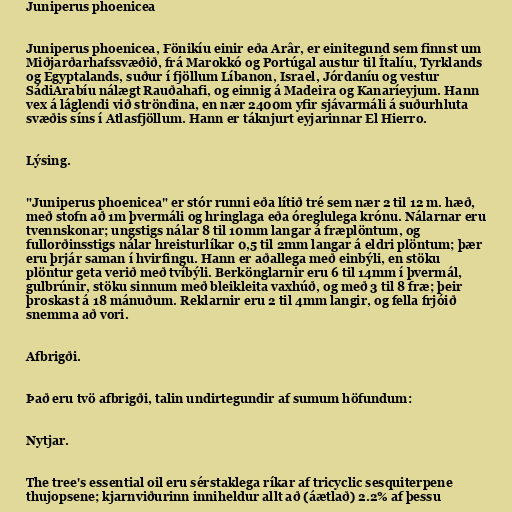
Juniperus phoenicea

Juniperus phoenicea, Fönikíu einir eða Arâr, er einitegund sem finnst um
Miðjarðarhafssvæðið, frá Marokkó og Portúgal austur til Ítalíu, Tyrklands
og Egyptalands, suður í fjöllum Líbanon, Israel, Jórdaníu og vestur
SádiArabíu nálægt Rauðahafi, og einnig á Madeira og Kanaríeyjum. Hann
vex á láglendi við ströndina, en nær 2400m yfir sjávarmáli á suðurhluta
svæðis síns í Atlasfjöllum. Hann er táknjurt eyjarinnar El Hierro.

Lýsing.

"Juniperus phoenicea" er stór runni eða lítið tré sem nær 2 til 12 m. hæð,
með stofn að 1m þvermáli og hringlaga eða óreglulega krónu. Nálarnar eru
tvennskonar; ungstigs nálar 8 til 10mm langar á fræplöntum, og
fullorðinsstigs nálar hreisturlíkar 0,5 til 2mm langar á eldri plöntum; þær
eru þrjár saman í hvirfingu. Hann er aðallega með einbýli, en stöku
plöntur geta verið með tvíbýli. Berkönglarnir eru 6 til 14mm í þvermál,
gulbrúnir, stöku sinnum með bleikleita vaxhúð, og með 3 til 8 fræ; þeir
þroskast á 18 mánuðum. Reklarnir eru 2 til 4mm langir, og fella frjóið
snemma að vori.

Afbrigði.

Það eru tvö afbrigði, talin undirtegundir af sumum höfundum:

Nytjar.

The tree's essential oil eru sérstaklega ríkar af tricyclic sesquiterpene
thujopsene; kjarnviðurinn inniheldur allt að (áætlað) 2.2% af þessu